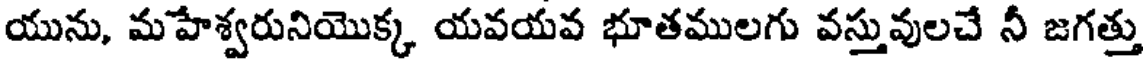
యును, మహేశ్వరునియొక్క యవయవ భూతములగు వస్తువులచే నీ జగత్తు